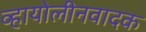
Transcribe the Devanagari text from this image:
व्हायोलीनवादक